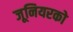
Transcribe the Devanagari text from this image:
जूनियरको